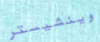
وينشيستر